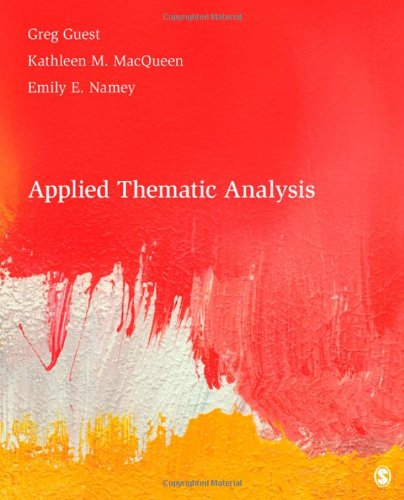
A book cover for Applied Thematic Analysis; Gregory (Greg) S. (Stephen) Guest; Politics & Social Sciences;